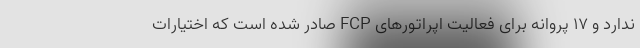
ندارد و ۱۷ پروانه برای فعالیت اپراتورهای FCP صادر شده است که اختیارات